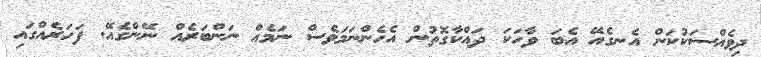
ދިވެއްސަކުކަން އެނގެއޭ އެބަ ވާހަކަ ދައްކާގޮތުން އެހެންނަމަވެސް ނަމެއް ނަންބަރެއް ނޭންގެއޭ. ފަހަރެއްގައި